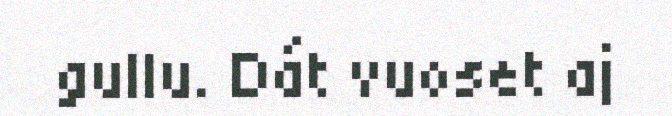
gullu. Dát vuoset aj